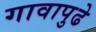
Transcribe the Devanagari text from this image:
गावापुढे